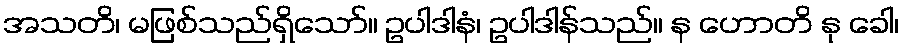
အသတိ၊ မဖြစ်သည်ရှိသော်။ ဥပါဒါနံ၊ ဥပါဒါန်သည်။ န ဟောတိ နု ခေါ၊